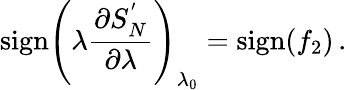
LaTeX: \mathrm{sign}\left(\lambda{\frac{\partial S_{N}^{'}}{\partial\lambda}}\right)_{\lambda_{0}}=\mathrm{sign}(f_{2})\, .